Annual administration report of the Civil Veterinary Department of India - 1898-1899
Year: 1898
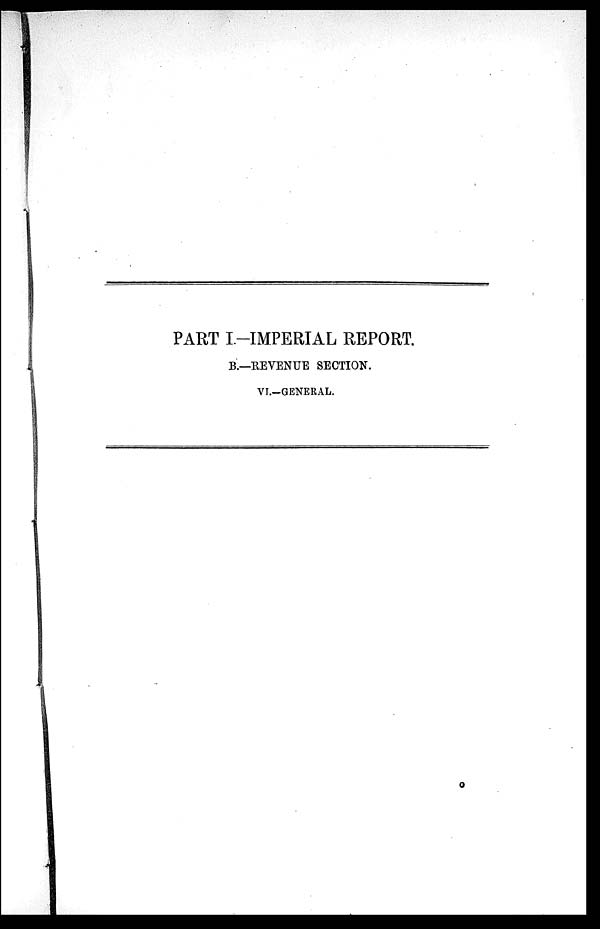
PART I-IMPERIAL REPORT.
B.—REVENUE SECTION.
VI.-GENERAL.
O